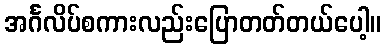
အင်္ဂလိပ်စကားလည်းပြောတတ်တယ်ပေါ့။